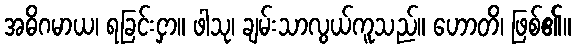
အဓိဂမာယ၊ ရခြင်းငှာ။ ဖါသု၊ ချမ်းသာလွယ်ကူသည်။ ဟောတိ၊ ဖြစ်၏။